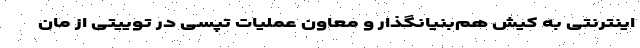
اینترنتی به کیش هم‌بنیانگذار و معاون عملیات تپسی در توییتی از مان